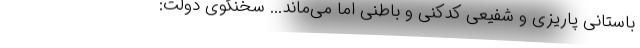
باستانی پاریزی و شفیعی کدکنی و باطنی اما می‌ماند... سخنگوی دولت: